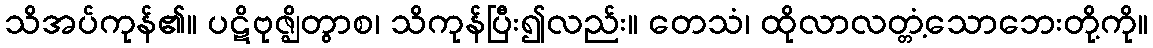
သိအပ်ကုန်၏။ ပဋိဗုဇ္ဈိတွာစ၊ သိကုန်ပြီး၍လည်း။ တေသံ၊ ထိုလာလတ္တံ့သောဘေးတို့ကို။